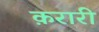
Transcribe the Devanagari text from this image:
क़रारी